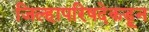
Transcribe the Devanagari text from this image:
जिल्हापरिषदेकडून